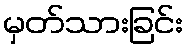
မှတ်သားခြင်း